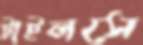
টাইলসে